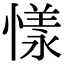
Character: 𢟣